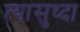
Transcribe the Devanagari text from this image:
त्यासुध्दा